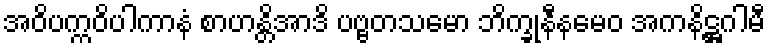
အဝိပက္ကဝိပါကာနံ စာဟန္တိအာဒိ ပဗ္ဗတသမော ဘိက္ခုနီနမေဝ အကနိဋ္ဌဂါမီ